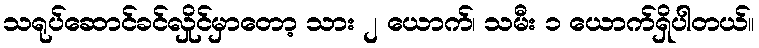
သရုပ်ဆောင်ခင်လှိုင်မှာတော့ သား ၂ ယောက်၊ သမီး ၁ ယောက်ရှိပါတယ်။